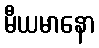
မီယမာနော